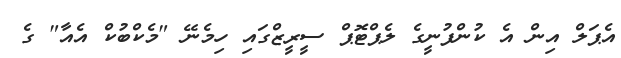
އެޕަލް އިން އެ ކުންފުނީގެ ލެޕްޓޮޕް ސީރީޒްގައި ހިމެނޭ "މެކްބުކް އެއާ" ގެ